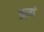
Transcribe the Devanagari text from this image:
अत्यं